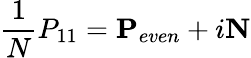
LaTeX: \frac{1}{N}P_{11}=\mathbf{P}_{even}+i\mathbf{N}